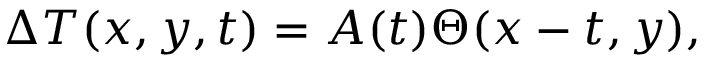
\begin{array} { r } { \Delta T ( x , y , t ) = A ( t ) \Theta ( x - t , y ) , } \end{array}